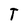
Character: T